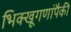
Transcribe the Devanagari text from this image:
भिक्खूगणांपैकी